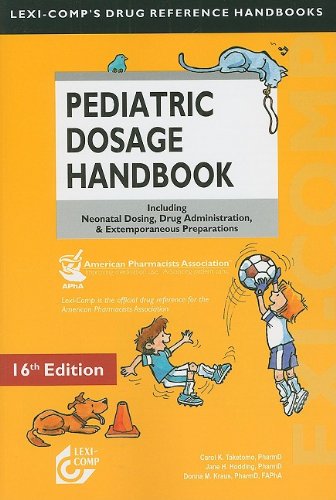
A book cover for Lexi-Comp's Pediatric Dosage Handbook: Including Neonatal Dosing, Drug Adminstration, & Extemporaneous Preparations; Carol K. Taketomo; Medical Books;